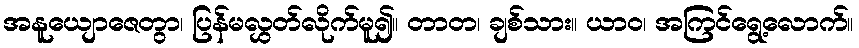
အနူယျောဇေတွာ၊ ပြန်မလွှတ်လိုက်မူ၍။ တာတ၊ ချစ်သား။ ယာဝ၊ အကြင်ရွေ့လောက်။